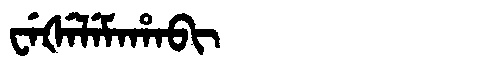
Manchu: ᠸᡝᡧᡝᠯᡝᠮᠠᡥᠠᠪᡳ
Romanization: WEŠELEMAHABI